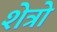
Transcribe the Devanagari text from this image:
शेत्रो